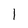
Character: l